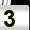
Digit: 3